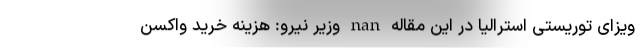
ویزای توریستی استرالیا در این مقاله nan وزیر نیرو: هزینه خرید واکسن